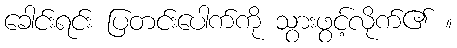
ခေါင်းရင်း ပြတင်းပေါက်ကို သွားဖွင့်လိုက်၏ ။